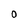
Character: 0